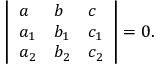
\left| { \begin{array} { l l l } { a } & { b } & { c } \\ { a _ { 1 } } & { b _ { 1 } } & { c _ { 1 } } \\ { a _ { 2 } } & { b _ { 2 } } & { c _ { 2 } } \end{array} } \right| = 0 .